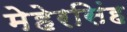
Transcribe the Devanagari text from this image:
मेहेरसिंह